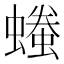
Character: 𧑞